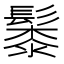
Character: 䰍